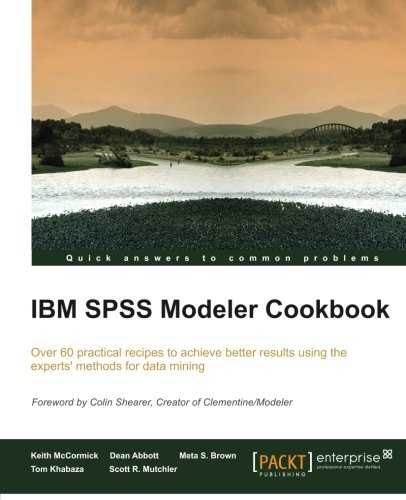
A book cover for IBM SPSS Modeler Cookbook; Keith McCormick; Computers & Technology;